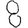
Digit: 8